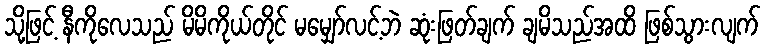
သို့ဖြင့် နီကိုလေသည် မိမိကိုယ်တိုင် မမျှော်လင့်ဘဲ ဆုံးဖြတ်ချက် ချမိသည်အထိ ဖြစ်သွားလျက်